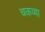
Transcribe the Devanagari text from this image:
चकव्या